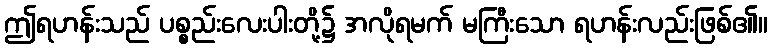
ဤရဟန်းသည် ပစ္စည်းလေးပါးတို့၌ အလိုရမက် မကြီးသော ရဟန်းလည်းဖြစ်၏။